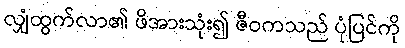
လျှံထွက်လာ၏ ဖိအားသုံး၍ ဇီဝကသည် ပုံပြင်ကို